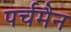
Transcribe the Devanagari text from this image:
पर्चमैन